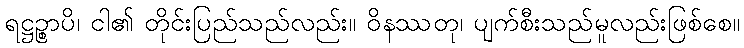
ရဋ္ဌဉ္စာပိ၊ ငါ၏ တိုင်းပြည်သည်လည်း။ ဝိနဿတု၊ ပျက်စီးသည်မူလည်းဖြစ်စေ။